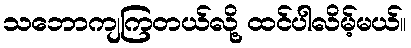
သဘောကျကြတယ်လို့ ထင်ပါလိမ့်မယ်။